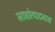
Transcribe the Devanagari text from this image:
स्रावोत्पादनास